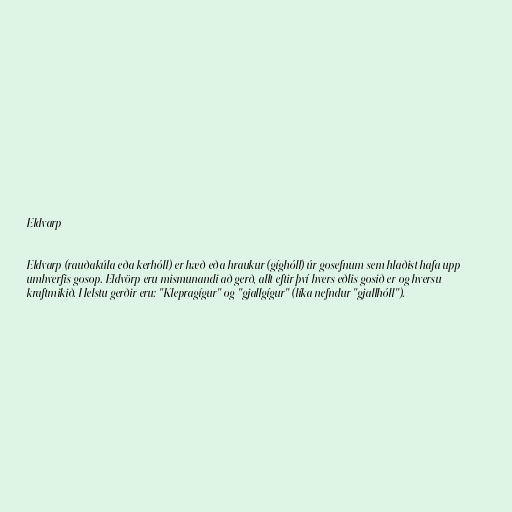
Eldvarp

Eldvarp (rauðakúla eða kerhóll) er hæð eða hraukur (gíghóll) úr gosefnum sem hlaðist hafa upp
umhverfis gosop. Eldvörp eru mismunandi að gerð, allt eftir því hvers eðlis gosið er og hversu
kraftmikið. Helstu gerðir eru: "Klepragígur" og "gjallgígur" (líka nefndur "gjallhóll").